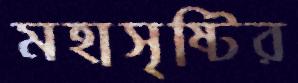
মহাসৃষ্টির